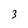
Character: 3